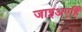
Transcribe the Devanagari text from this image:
जाइअएहिँ